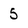
Character: 5